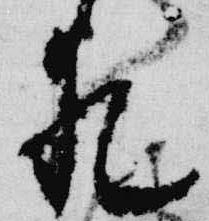
愛